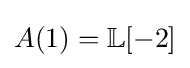
A(1)=\mathbb {L} [-2]